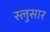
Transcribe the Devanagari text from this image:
स्लुसार